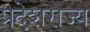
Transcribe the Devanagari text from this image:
प्रदेशराज्य